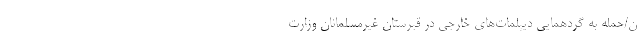
ن/حمله به گردهمایی دیپلمات‌های خارجی در قبرستان غیرمسلمانان وزارت